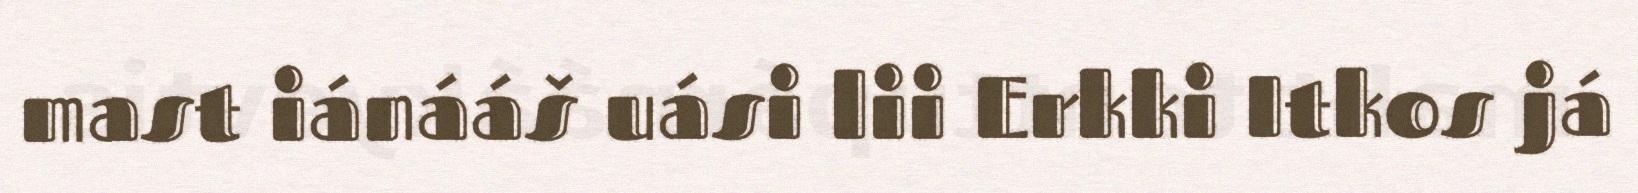
mast iánááš uási lii Erkki Itkos já